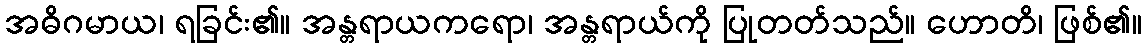
အဓိဂမာယ၊ ရခြင်း၏။ အန္တရာယကရော၊ အန္တရာယ်ကို ပြုတတ်သည်။ ဟောတိ၊ ဖြစ်၏။